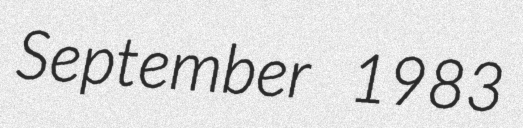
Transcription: September 1983